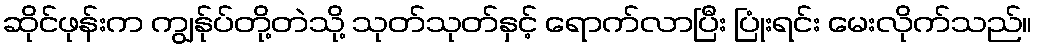
ဆိုင်ဖုန်းက ကျွန်ုပ်တို့တဲသို့ သုတ်သုတ်နှင့် ရောက်လာပြီး ပြုံးရင်း မေးလိုက်သည်။